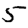
Digit: 5